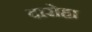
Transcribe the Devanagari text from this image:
दारोहा